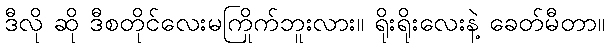
ဒီလို ဆို ဒီစတိုင်လေးမကြိုက်ဘူးလား။ ရိုးရိုးလေးနဲ့ ခေတ်မီတာ။